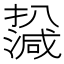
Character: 𤁙